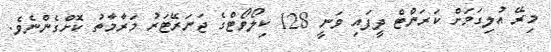
މިރޭ އުލިގަމަށް ކަރަންޓް ދީފައި ވަނީ 128 ކިލޯވޯޓްގެ ޖަނަރޭޓަރު މަރާމާތު ކޮށްގެންނެވެ.